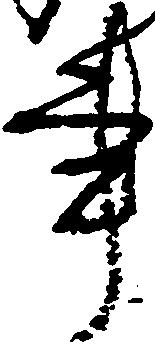
事